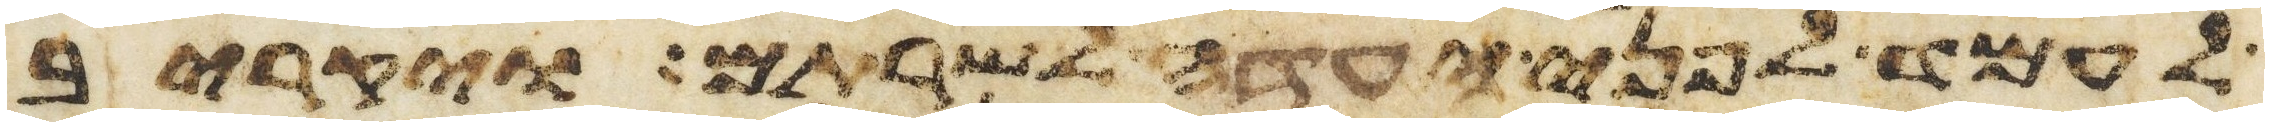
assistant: לעמד לפני העדה לשרתם ויקריב